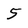
Character: 5